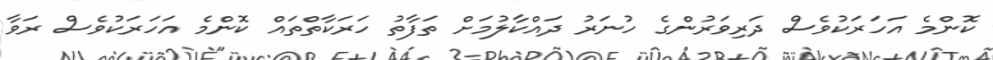
ކޮންމެ އަހަރަކުވެސް ދަރިވަރުންގެ ހުނަރު ދައްކާލުމަށް ތަފާތު ހަރަކާތްތައް ކޮންމެ އަހަރަކުވެސް ރަވާ